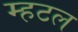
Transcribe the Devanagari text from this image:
म्हटल